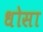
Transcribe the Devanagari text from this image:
धोसा